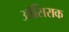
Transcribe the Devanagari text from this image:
ओसिराक